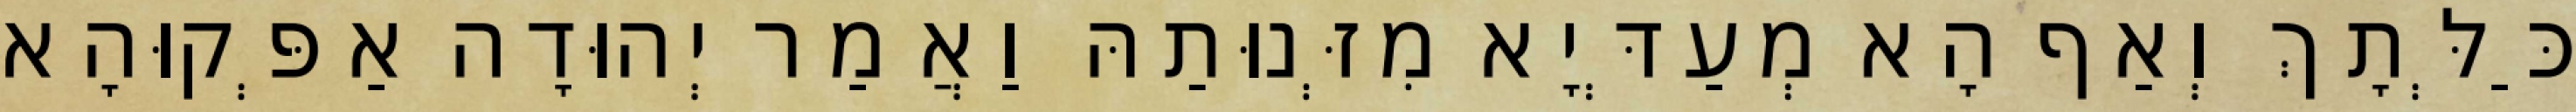
כַּלְּתָךְ וְאַף הָא מְעַדְּיָא מִזְּנוּתַהּ וַאֲמַר יְהוּדָה אַפְּקוּהָא